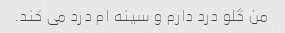
من گلو درد دارم و سینه ام درد می کند.